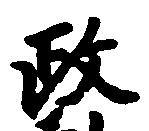
政